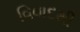
વિવાદથી